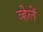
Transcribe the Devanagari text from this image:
व्हेलें